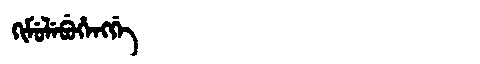
Manchu: ᡴᡳᠮᡠᠯᡝᠪᡠᡥᡝᠩᡤᡝ
Romanization: KIMULEBUHENGGE